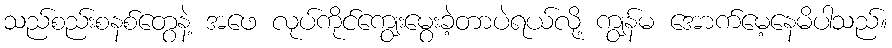
သည်စည်းစနစ်တွေနဲ့ အဖေ လုပ်ကိုင်ကျွေးမွေးခဲ့တာပဲရယ်လို့ ကျွန်မ အောက်မေ့နေမိပါသည်။